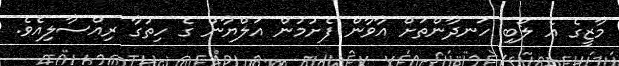
މާޒީގެ އެ ލޯބި ހަނދާންތަށް އާވާން ފެށުމުން އަލްޔާން ގެ ހިތުގާ ރިއްސާލިއެވެ.